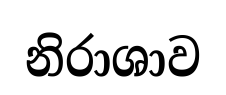
නිරාශාව